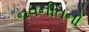
નવનીતનો